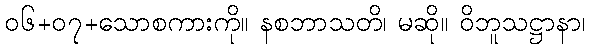
၀၆+၀၇+သောစကားကို။ နစဘာသတိ၊ မဆို။ ဝိဘူသဋ္ဌာနာ၊